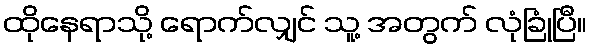
ထိုနေရာသို့ ရောက်လျှင် သူ့ အတွက် လုံခြုံပြီ။